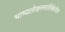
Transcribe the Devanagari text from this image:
भाष्यलेखनमालिकेतील